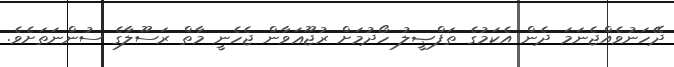
ދޭހަނުވެއްޖެނަމަ ދެން އެކަމުގެ ތަފްޞީލު ހޯދުމަށް ރުޖޫޢަވާން ޖެހެނީ މާތް ރަސޫލާގެ ސުންނަތަށެވެ.